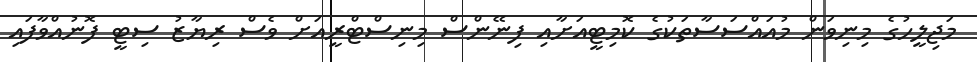
މަޖިލީހުގެ މިނިވަން މުއައްސަސާތަކުގެ ކޮމިޓީއަށާއި ފިނޭންސް މިނިސްޓްރީއަށް ވެސް ރިޔާޒު ސިޓީ ފޮނުއްވާފައި